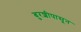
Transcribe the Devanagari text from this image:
बुरशीपासून